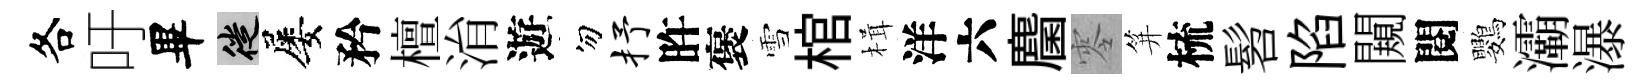
各吁畢徙屡矜檀㳙遊勿抒旿褒雪棺楫洋六麕零笄梳髫陷闚閱鸚灞瀑